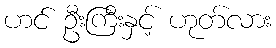
ဟင် ဦးကြီးနှင့် ဟုတ်လား